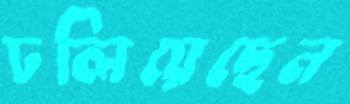
ঢলিয়েছেন